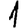
Digit: 1